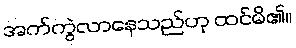
အက်ကွဲလာနေသည်ဟု ထင်မိ၏။